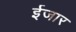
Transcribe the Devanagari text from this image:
ईजार